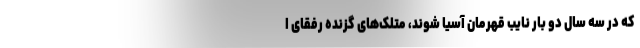
که در سه سال دو بار نایب قهرمان آسیا شوند، متلک‌های گزنده رفقای ا